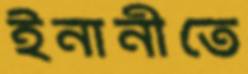
ইনানীতে